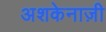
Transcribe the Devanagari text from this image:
अशकेनाज़ी